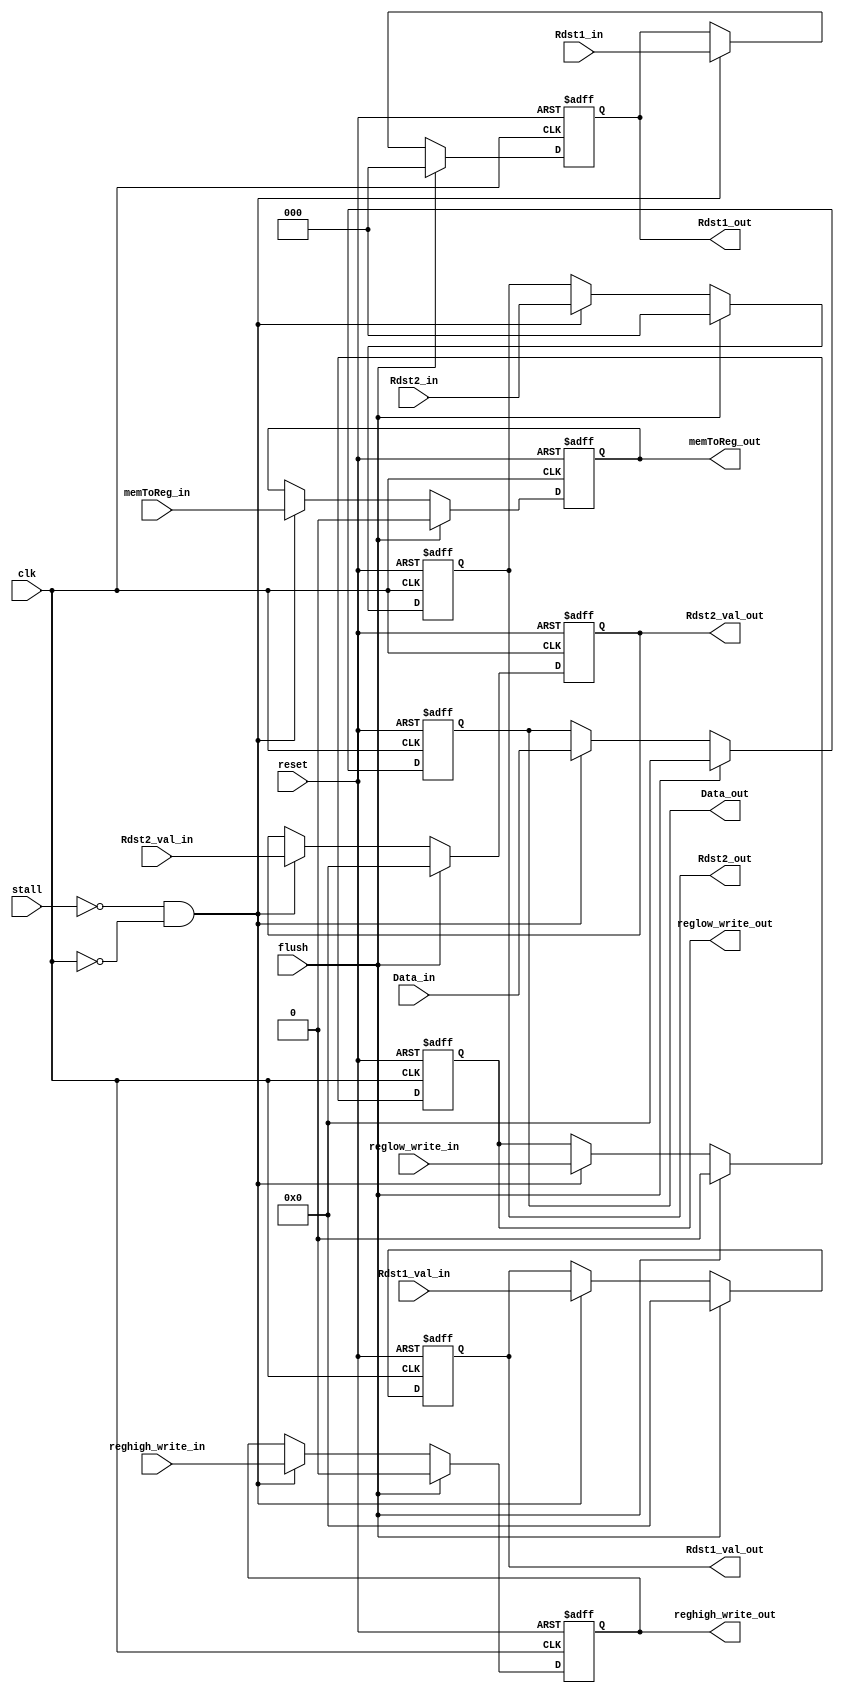
/*this is the buffer between memory stage and  writeback stage*/
module MEM_WB(Rdst2_val_out, Rdst2_out, reghigh_write_out, reglow_write_out, Rdst1_out, Rdst1_val_out, Data_out, memToReg_out,
			  Rdst2_val_in, Rdst2_in, reghigh_write_in, reglow_write_in, Rdst1_in, Rdst1_val_in, Data_in, memToReg_in, stall, reset, clk, flush);


/*the clk that derives our buffer*/
input wire clk;

/*the reset signal that zeros out our buffer*/
input wire reset;

/*the stall signal that prevents any new value from being stored in the buffer*/
input wire stall;

/*this is the flush signal and it's synchrounous with the clock*/
input wire flush;

/**************************************************************
	value bypassed from the MEM stage
	(refer to MEM.v to know what each symbol means) 
	(don't forget to have a look at the design files)
**************************************************************/	
output wire [15:0] Rdst2_val_out;
output wire [2:0] Rdst2_out;
output wire reghigh_write_out;
output wire reglow_write_out;
output wire [2:0] Rdst1_out;
output wire [15:0] Rdst1_val_out;
output wire [15:0] Data_out;
output wire memToReg_out;


/**************************************************************
	value read from the MEM stage
	(refer to MEM.v to know what each symbol means) 
	(don't forget to have a look at the design files)
**************************************************************/	
input wire [15:0] Rdst2_val_in;
input wire [2:0] Rdst2_in;
input wire reghigh_write_in;
input wire reglow_write_in;
input wire [2:0] Rdst1_in;
input wire [15:0] Rdst1_val_in;
input wire [15:0] Data_in;
input wire memToReg_in;


/**************************************************************
	actuals registers in the buffer
**************************************************************/	
reg [15:0] Rdst2_val;
reg [2:0] Rdst2;
reg reghigh_write;
reg reglow_write;
reg [2:0] Rdst1;
reg [15:0] Rdst1_val;
reg [15:0] Data;
reg memToReg;

/**************************************************************
	important assings
**************************************************************/	
assign Rdst2_val_out = Rdst2_val;
assign Rdst2_out = Rdst2;
assign reghigh_write_out = reghigh_write;
assign reglow_write_out = reglow_write;
assign Rdst1_out = Rdst1;
assign Rdst1_val_out = Rdst1_val;
assign Data_out = Data;
assign memToReg_out = memToReg;

/**************************************************************
	the actual logic of the buffer
**************************************************************/	
always @(negedge clk, posedge reset)
begin
	
	if(reset)
	begin
		Rdst2_val <= 16'd0;
		Rdst2 <= 3'd0;
		reghigh_write <= 1'd0;
		reglow_write <= 1'd0;
		Rdst1 <= 3'd0;
		Rdst1_val <= 16'd0;
		Data <= 16'd0;
		memToReg <= 1'd0;		
	end
	
	else if(flush)
	begin
		Rdst2_val <= 16'd0;
		Rdst2 <= 3'd0;
		reghigh_write <= 1'd0;
		reglow_write <= 1'd0;
		Rdst1 <= 3'd0;
		Rdst1_val <= 16'd0;
		Data <= 16'd0;
		memToReg <= 1'd0;			
	end
	
	else if(!stall & !clk)
	begin 
		Rdst2_val <= Rdst2_val_in;
		Rdst2 <= Rdst2_in;
		reghigh_write <= reghigh_write_in;
		reglow_write <= reglow_write_in;
		Rdst1 <= Rdst1_in;
		Rdst1_val <= Rdst1_val_in;
		Data <= Data_in;
		memToReg <= memToReg_in;	
	end

	else 
	begin
		Rdst2_val <= Rdst2_val;
		Rdst2 <= Rdst2;
		reghigh_write <= reghigh_write;
		reglow_write <= reglow_write;
		Rdst1 <= Rdst1;
		Rdst1_val <= Rdst1_val;
		Data <= Data;
		memToReg <= memToReg;	
	end

end

endmodule